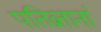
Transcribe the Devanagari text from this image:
पतिव्रतानां